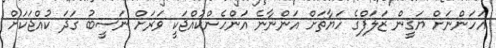
އަހަންނަށް ޔަޤީން ޒަލަފްގެ ހަޔާތަށް އަންނާނެ އަންހެންކުއްޖަކީ ވަރަށް ނަސީބު ގަދަ ކުއްޖަކަށް